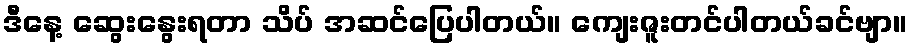
ဒီနေ့ ဆွေးနွေးရတာ သိပ် အဆင်ပြေပါတယ်။ ကျေးဇူးတင်ပါတယ်ခင်ဗျာ။